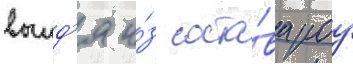
выид'я и́з соста́ва роу